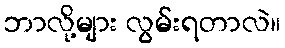
ဘာလို့များ လွမ်းရတာလဲ။